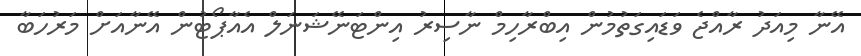
އޭނާ މިއަދު ރާއްޖެ ވަޑައިގަތުމުން އިބްރާހިމް ނާސިރު އިންޓަނޭޝަނަލް އެއާޕޯޓުން އޭނާއަށް މަރުހަބާ